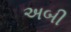
અબી